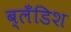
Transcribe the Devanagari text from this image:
ब्लँडिश